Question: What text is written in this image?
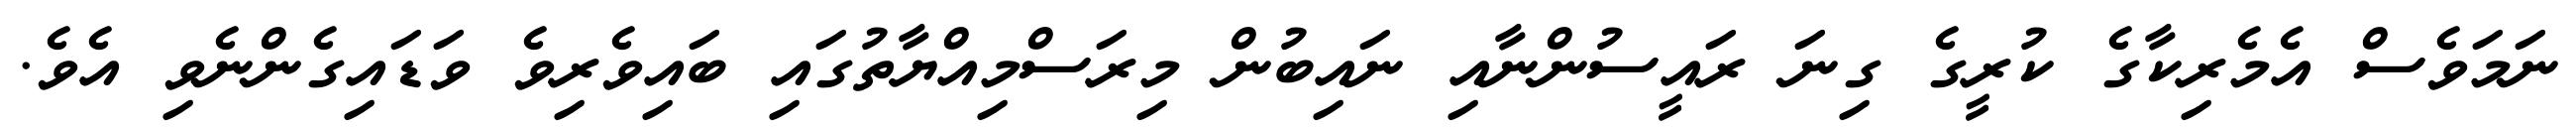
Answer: ނަމަވެސް އެމެރިކާގެ ކުރީގެ ގިނަ ރައީސުންނާއި ނައިބުން މިރަސްމިއްޔާތުގައި ބައިވެރިވެ ވަޑައިގެންނެވި އެވެ.